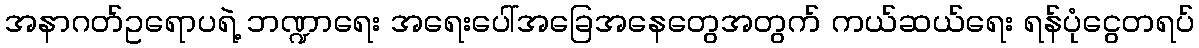
အနာဂတ်ဥရောပရဲ့ ဘဏ္ဍာရေး အရေးပေါ်အခြေအနေတွေအတွက် ကယ်ဆယ်ရေး ရန်ပုံငွေတရပ်